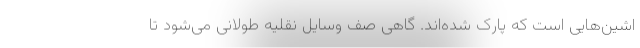
اشین‌هایی است که پارک شده‌اند. گاهی صف وسایل نقلیه طولانی می‌شود تا